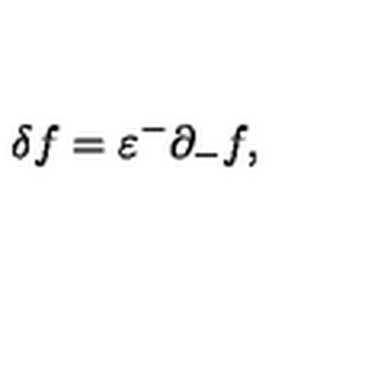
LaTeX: \delta f = \varepsilon ^ { - } \partial _ { - } f ,